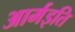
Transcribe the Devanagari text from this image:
आर्मइति